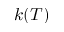
k ( T )